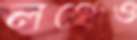
লঞ্চেও